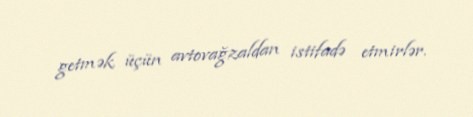
getmək üçün avtovağzaldan istifadə etmirlər.